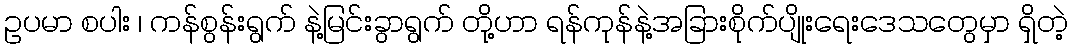
ဥပမာ စပါး ၊ ကန်စွန်းရွက် နဲ့မြင်းခွာရွက် တို့ဟာ ရန်ကုန်နဲ့အခြားစိုက်ပျိုးရေးဒေသတွေမှာ ရှိတဲ့